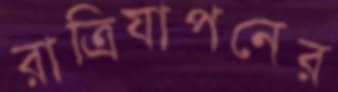
রাত্রিযাপনের